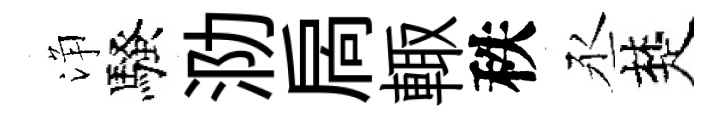
浄騷泐扄輙秩丞楚